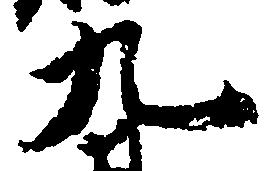
九